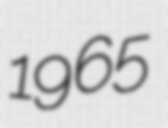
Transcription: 1965